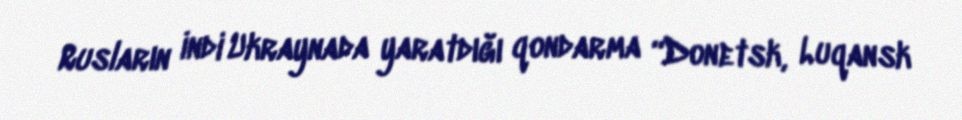
Rusların indi Ukraynada yaratdığı qondarma “Donetsk, Luqansk